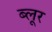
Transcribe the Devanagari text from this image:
ब्लूर